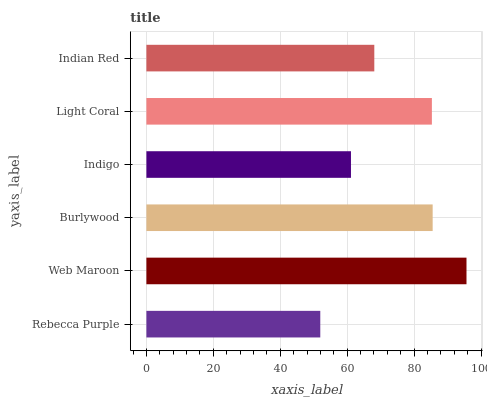
| yaxis_label | bars |
 | --- | --- |
 | Rebecca Purple | 52 |
 | Web Maroon | 95.7 |
 | Burlywood | 85.5 |
 | Indigo | 61.1 |
 | Light Coral | 85.3 |
 | Indian Red | 68.1 |